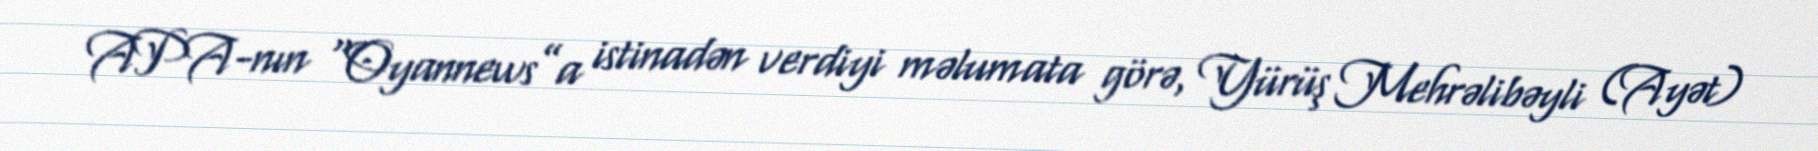
APA-nın “Oyannews”a istinadən verdiyi məlumata görə, Yürüş Mehrəlibəyli (Ayət)